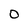
Character: 0